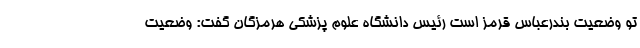
تو وضعیت بندرعباس قرمز است رئیس دانشگاه علوم پزشکی هرمزگان گفت: وضعیت